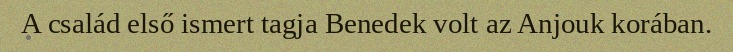
A család első ismert tagja Benedek volt az Anjouk korában.